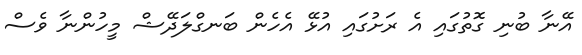
އޭނާ ބުނި ގޮތުގައި އެ ރަށުގައި އުޅޭ އެހެން ބަނގްލަދޭޝް މީހުންނާ ވެސް